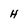
Character: H